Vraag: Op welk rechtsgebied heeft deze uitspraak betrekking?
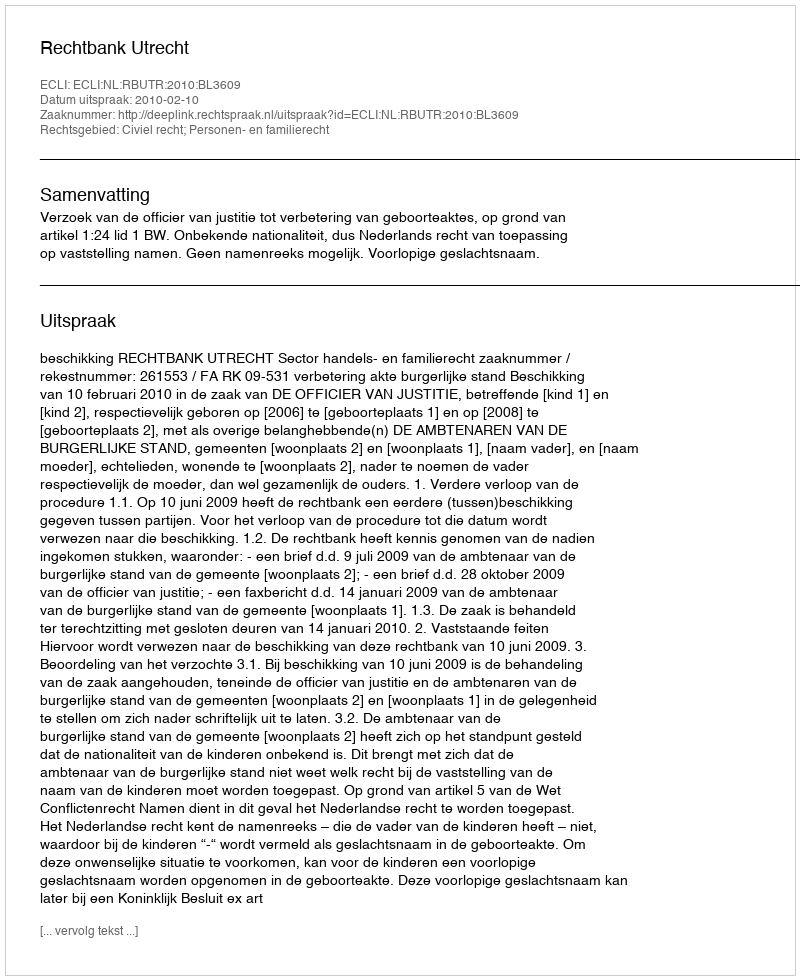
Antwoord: Civiel recht; Personen- en familierecht